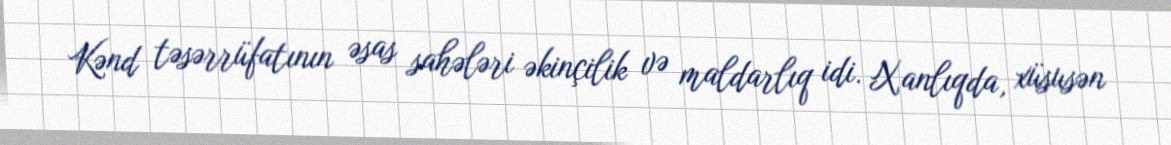
Kənd təsərrüfatının əsas sahələri əkinçilik və maldarlıq idi. Xanlıqda, xüsusən